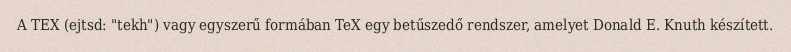
A TEX (ejtsd: "tekh") vagy egyszerű formában TeX egy betűszedő rendszer, amelyet Donald E. Knuth készített.